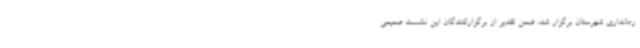
رمانداری شهرستان برگزار شد، ضمن تقدیر از برگزارکنندگان این نشست صمیمی